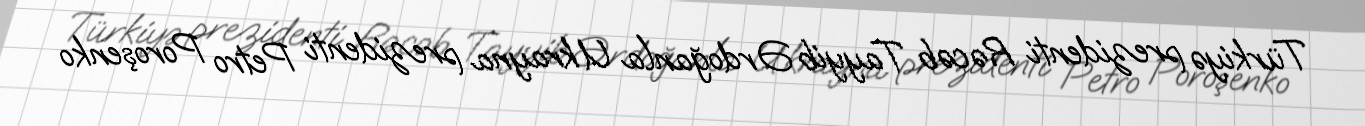
Türkiyə prezidenti Rəcəb Tayyib Ərdoğanla Ukrayna prezidenti Petro Poroşenko